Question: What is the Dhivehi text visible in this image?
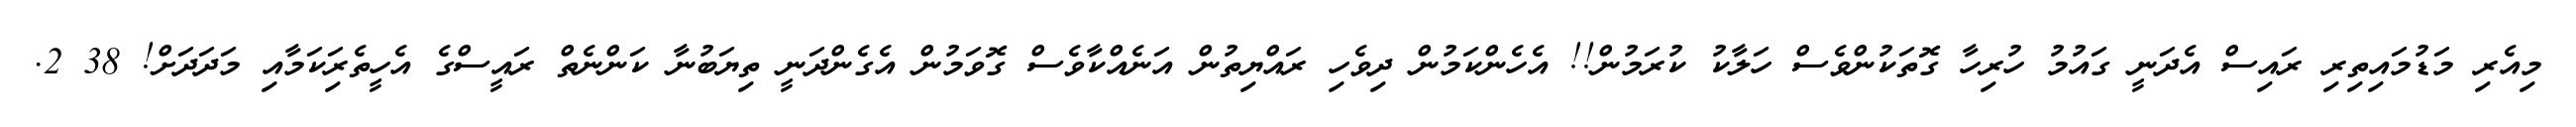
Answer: މިއެރި މަޑުމައިތިރި ރައިސް އެދަނީ ގައުމު ހުރިހާ ގޮތަކުންވެސް ހަލާކު ކުރަމުން!! އެހެންކަމުން ދިވެހި ރައްޔިތުން އަނެއްކާވެސް ގޮވަމުން އެގެންދަނީ ތިޔަބުނާ ކަންނެތް ރައީސްގެ އެހީތެރިަކަމާއި މަދަދަށް! 38 2.